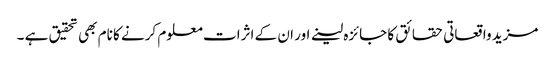
مزید واقعاتی حقائق کا جائزہ لینے اور ان کے اثرات معلوم کرنے کا نام بھی تحقیق ہے ۔